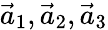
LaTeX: \vec{a}_{1},\vec{a}_{2},\vec{a}_{3}